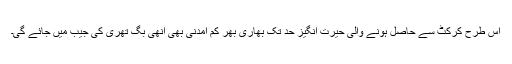
اس طرح کرکٹ سے حاصل ہونے والی حیرت انگیز حد تک بھاری بھر کم آمدنی بھی انھی بگ تھری کی جیب میں جائے گی۔